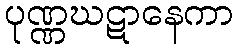
ပုဏ္ဏဃဋာနေကာ